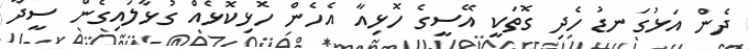
ދެން އަޅުގަނޑު ހެދި ގޮތަކީ އޭސީގެ ހޮޅިއާ އެހެން ހޮޅިކޮޅެއް ގުޅާލައިގެން ސީދާ